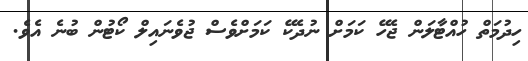
ހިދުމަތް ހުއްޓާލަން ޖެހޭ ކަމަށް ނުދެކޭ ކަމަށްވެސް ޖުވެނައިލް ކޯޓުން ބުނެ އެވެ.